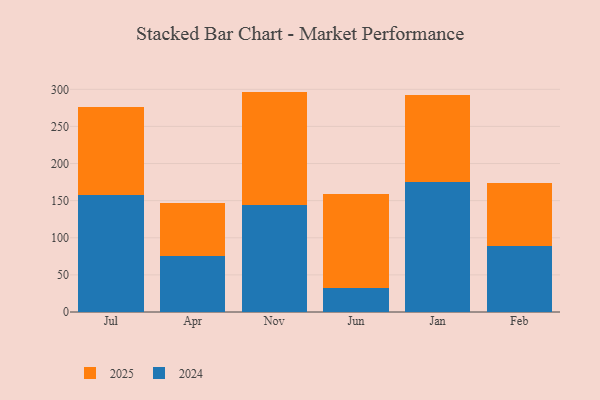
{"axis": {"x": "Month", "y": "Page Views"}, "legend": ["2024", "2025"], "data": [{"x": "Jul", "y": 119.4, "type": "2025"}, {"x": "Jul", "y": 157.0, "type": "2024"}, {"x": "Apr", "y": 70.4, "type": "2025"}, {"x": "Apr", "y": 76.1, "type": "2024"}, {"x": "Nov", "y": 152.5, "type": "2025"}, {"x": "Nov", "y": 144.4, "type": "2024"}, {"x": "Jun", "y": 126.7, "type": "2025"}, {"x": "Jun", "y": 32.1, "type": "2024"}, {"x": "Jan", "y": 116.4, "type": "2025"}, {"x": "Jan", "y": 175.8, "type": "2024"}, {"x": "Feb", "y": 84.1, "type": "2025"}, {"x": "Feb", "y": 89.2, "type": "2024"}]}